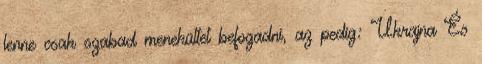
lenne csak szabad menekültet befogadni, az pedig: Ukrajna És